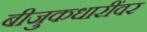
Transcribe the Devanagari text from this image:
बीजुकधारींवर